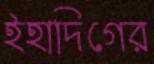
ইহাদিগের